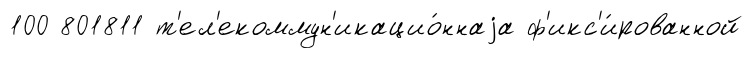
100 801811 т'ел'екоммун'икацио́ннаjа ф'икс'и́рованной